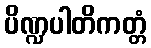
ပိဏ္ဍပါတိကတ္တံ